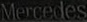
Mercedes